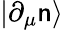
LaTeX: |\partial_{\mu}\mathsf{n}\rangle